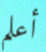
أعلم